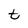
Character: t